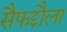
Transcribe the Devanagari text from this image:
सैफद्दौला